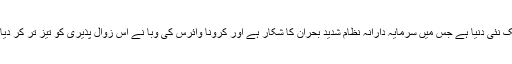
یہ ایک نئی دنیا ہے جس میں سرمایہ دارانہ نظام شدید بحران کا شکار ہے اور کرونا وائرس کی وبا نے اس زوال پذیری کو تیز تر کر دیا ہے۔